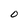
Character: 0